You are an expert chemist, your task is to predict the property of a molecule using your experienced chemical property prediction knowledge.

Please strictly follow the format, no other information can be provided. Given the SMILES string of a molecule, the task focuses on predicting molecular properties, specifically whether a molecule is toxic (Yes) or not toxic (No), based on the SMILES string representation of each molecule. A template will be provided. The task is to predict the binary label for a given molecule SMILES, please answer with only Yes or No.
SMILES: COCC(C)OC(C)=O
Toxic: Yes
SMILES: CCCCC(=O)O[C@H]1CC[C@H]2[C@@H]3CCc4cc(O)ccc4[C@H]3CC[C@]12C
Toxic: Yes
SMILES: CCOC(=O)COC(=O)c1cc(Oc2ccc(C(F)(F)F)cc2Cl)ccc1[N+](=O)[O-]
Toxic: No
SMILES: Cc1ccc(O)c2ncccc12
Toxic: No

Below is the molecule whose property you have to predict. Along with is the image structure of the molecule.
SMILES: CCC(CC)C(C)CCOC(C)=O
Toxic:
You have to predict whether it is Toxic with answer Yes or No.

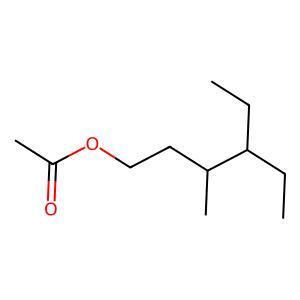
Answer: No